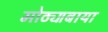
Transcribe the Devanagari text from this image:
मोठ्याबाया